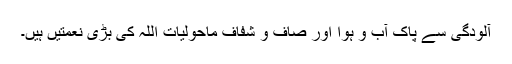
آلودگی سے پاک آب و ہوا اور صاف و شفاف ماحولیات اللہ کی بڑی نعمتیں ہیں۔